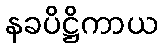
နခပိဋ္ဌိကာယ